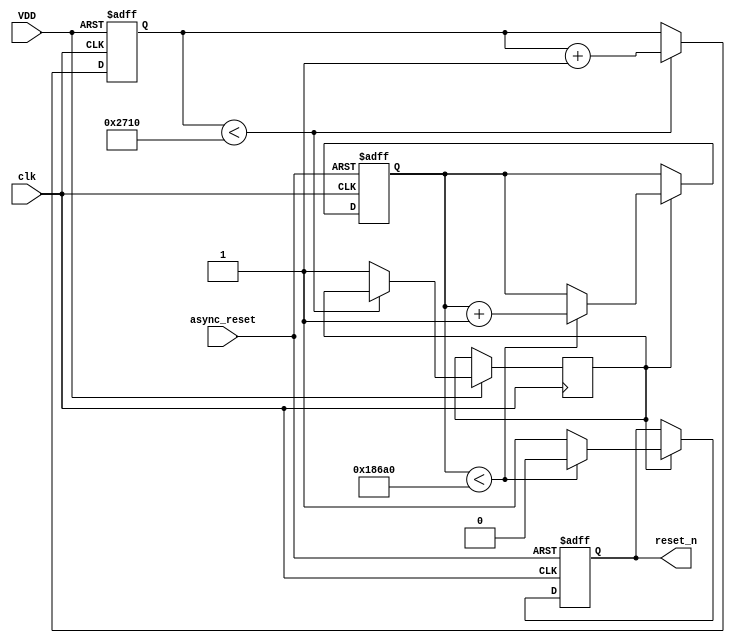
module PowerOnReset (
    input wire VDD,          // Power supply signal
    input wire async_reset,  // Asynchronous reset signal
    input wire clk,          // Clock signal
    output reg reset_n       // Active low reset output
);

    // Parameters
    parameter RESET_DURATION = 100_000; // Duration for which reset is asserted (in clock cycles)
    parameter DEBOUNCE_TIME = 10_000;    // Debounce time (in clock cycles)

    // State variables
    reg [31:0] counter;       // Counter for timing
    reg power_stable;         // Indicates if power is stable
    reg debounce_counter;      // Debounce counter

    // Initial state
    initial begin
        reset_n = 1'b1;      // Reset is deasserted (active low)
        counter = 32'b0;
        power_stable = 1'b0;
        debounce_counter = 1'b0;
    end

    // Debounce logic
    always @(posedge clk or negedge VDD) begin
        if (!VDD) begin
            debounce_counter <= 1'b0; // Reset debounce counter on power loss
        end else if (debounce_counter < DEBOUNCE_TIME) begin
            debounce_counter <= debounce_counter + 1'b1;
        end else begin
            power_stable <= 1'b1; // Power is stable after debounce time
        end
    end

    // Reset generation logic
    always @(posedge clk or negedge async_reset) begin
        if (!async_reset) begin
            reset_n <= 1'b0; // Assert reset immediately on async reset
            counter <= 32'b0; // Reset counter
        end else if (power_stable) begin
            if (counter < RESET_DURATION) begin
                reset_n <= 1'b0; // Assert reset
                counter <= counter + 1'b1; // Increment counter
            end else begin
                reset_n <= 1'b1; // Deassert reset after duration
            end
        end
    end

endmodule